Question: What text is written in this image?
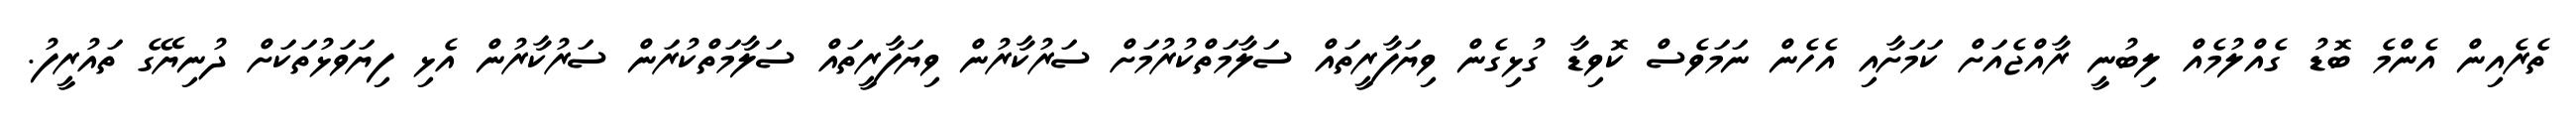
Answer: ތެރެއިން އެންމެ ބޮޑު ގެއްލުމެއް ލިބުނީ ރާއްޖެއަށް ކަމަށާއި އެހެން ނަމަވެސް ކޮވިޑާ ގުޅިގެން ވިޔަފާރީތައް ސަލާމަތްކުރުމަށް ސަރުކާރުން ވިޔަފާރީތައް ސަލާމަތްކުރަން ސަރުކާރުން އެޅި ފިޔަވަޅުތަކަށް ދުނިޔޭގެ ތައުރީފު.